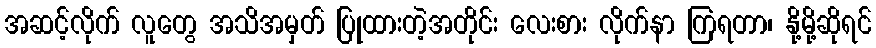
အဆင့်လိုက် လူတွေ အသိအမှတ် ပြုထားတဲ့အတိုင်း လေးစား လိုက်နာ ကြရတာ၊ နို့မို့ဆိုရင်